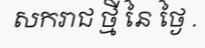
សករាជ ថ្មី នៃ ថ្ងៃ .